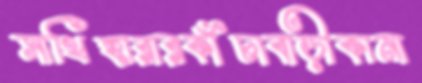
সাথিহারারকাঁচাবাড়ীকানা